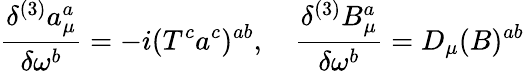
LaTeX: \frac{\delta^{(3)}a_{\mu}^{a}}{\delta\omega^{b}}=-i(T^{c}a^{c})^{ab},\quad\frac{\delta^{(3)}B_{\mu}^{a}}{\delta\omega^{b}}=D_{\mu}(B)^{ab}